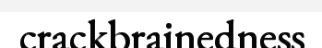
crackbrainedness